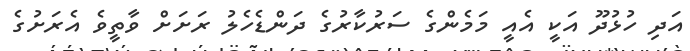
އަދި ހުޅުދޫ އަކީ އެއީ މަމެންގެ ސަރުކާރުގެ ދަންޑެހެލު ރަށަށް ވާތީވެ އެރަށުގެ